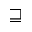
\sqsupseteq